Leaving Certificate Examination, 1905
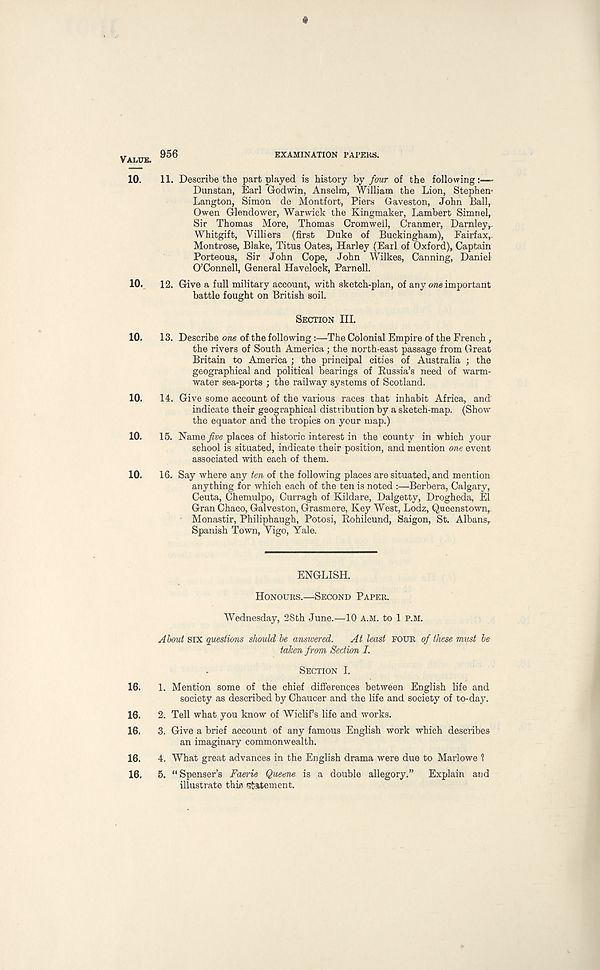
«
VALUE 956
EXAMINATION PAPERS.
10.
11. Describe the part played is history hy four of the following:—-
Dunstan, Earl Godwin, Anselm, William the Lion, Stephen*
Langton, Simon de Montfort, Piers Gaveston, John Ball,
Owen Glendower, Warwick the Kingmaker, Lambert Simnel,
Sir Thomas More, Thomas Cromwell, Cranmer, Darnley,
Whitgift, Villiers (first Duke of Buckingham), Fairfax,.
Montrose, Blake, Titus Oates, Harley (Earl of Oxford), Captain
Porteous, Sir John Cope, John Wilkes, Canning, Daniel
O’Connell, General Havelock, Parnell.
10.
12. Give a full military account, with sketch-plan, of any one important
battle fought on British soil.
SECTION III.
10.
13. Describe one of the following:—The Colonial Empire of the French,
the rivers of South America; the north-east passage from Great
Britain to America ; the principal cities of Australia ; the
geographical and political bearings of Russia’s need of warm-
water sea-ports ; the railway systems of Scotland.
10.
14. Give some account of the various races that inhabit Africa, and
indicate their geographical distribution by a sketch-map. (Show
the equator and the tropics on your map.)
10.
15. Name five places of historic interest in the county in which your
school is situated, indicate their position, and mention one event
associated with each of them.
10.
16. Say where any ten of the following places are situated, and mention
anything for which each of the ten is noted :—Berbera, Calgary,
Ceuta, Chemulpo, Curragh of Kildare, Dalgetty, Drogheda, El
Gran Chaco, Galveston, Grasmere, Key West, Lodz, Queenstown,
Monastir, Philiphaugh, Potosi, Rohilcund, Saigon, St. Albans,.
Spanish Town, Vigo, Yale.
ENGLISH.
HONOURS.—SECOND PAPER.
Wednesday, 28th June.—10 A.M. to 1 P.M.
About SIX questions should be answered.
At least FOUR of these must be
taken from Section I.
SECTION I.
16.
1. Mention some of the chief differences between English life and
society as described by Chaucer and the life and society of to-day.
16.
2. Tell what you know of Wiclif’s life and works.
16.
3. Give a brief account of any famous English work which describes
an imaginary commonwealth.
16.
4. What great advances in the English drama were due to Marlowe 1
16.
5. “Spenser’s Faerie Queene is a double allegory.”
Explain and
illustrate this Pateraent.